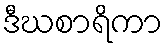
ဒီဃစာရိကာ